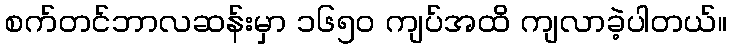
စက်တင်ဘာလဆန်းမှာ ၁၆၅ဝ ကျပ်အထိ ကျလာခဲ့ပါတယ်။